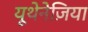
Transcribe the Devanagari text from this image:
यूथेनेज़िया